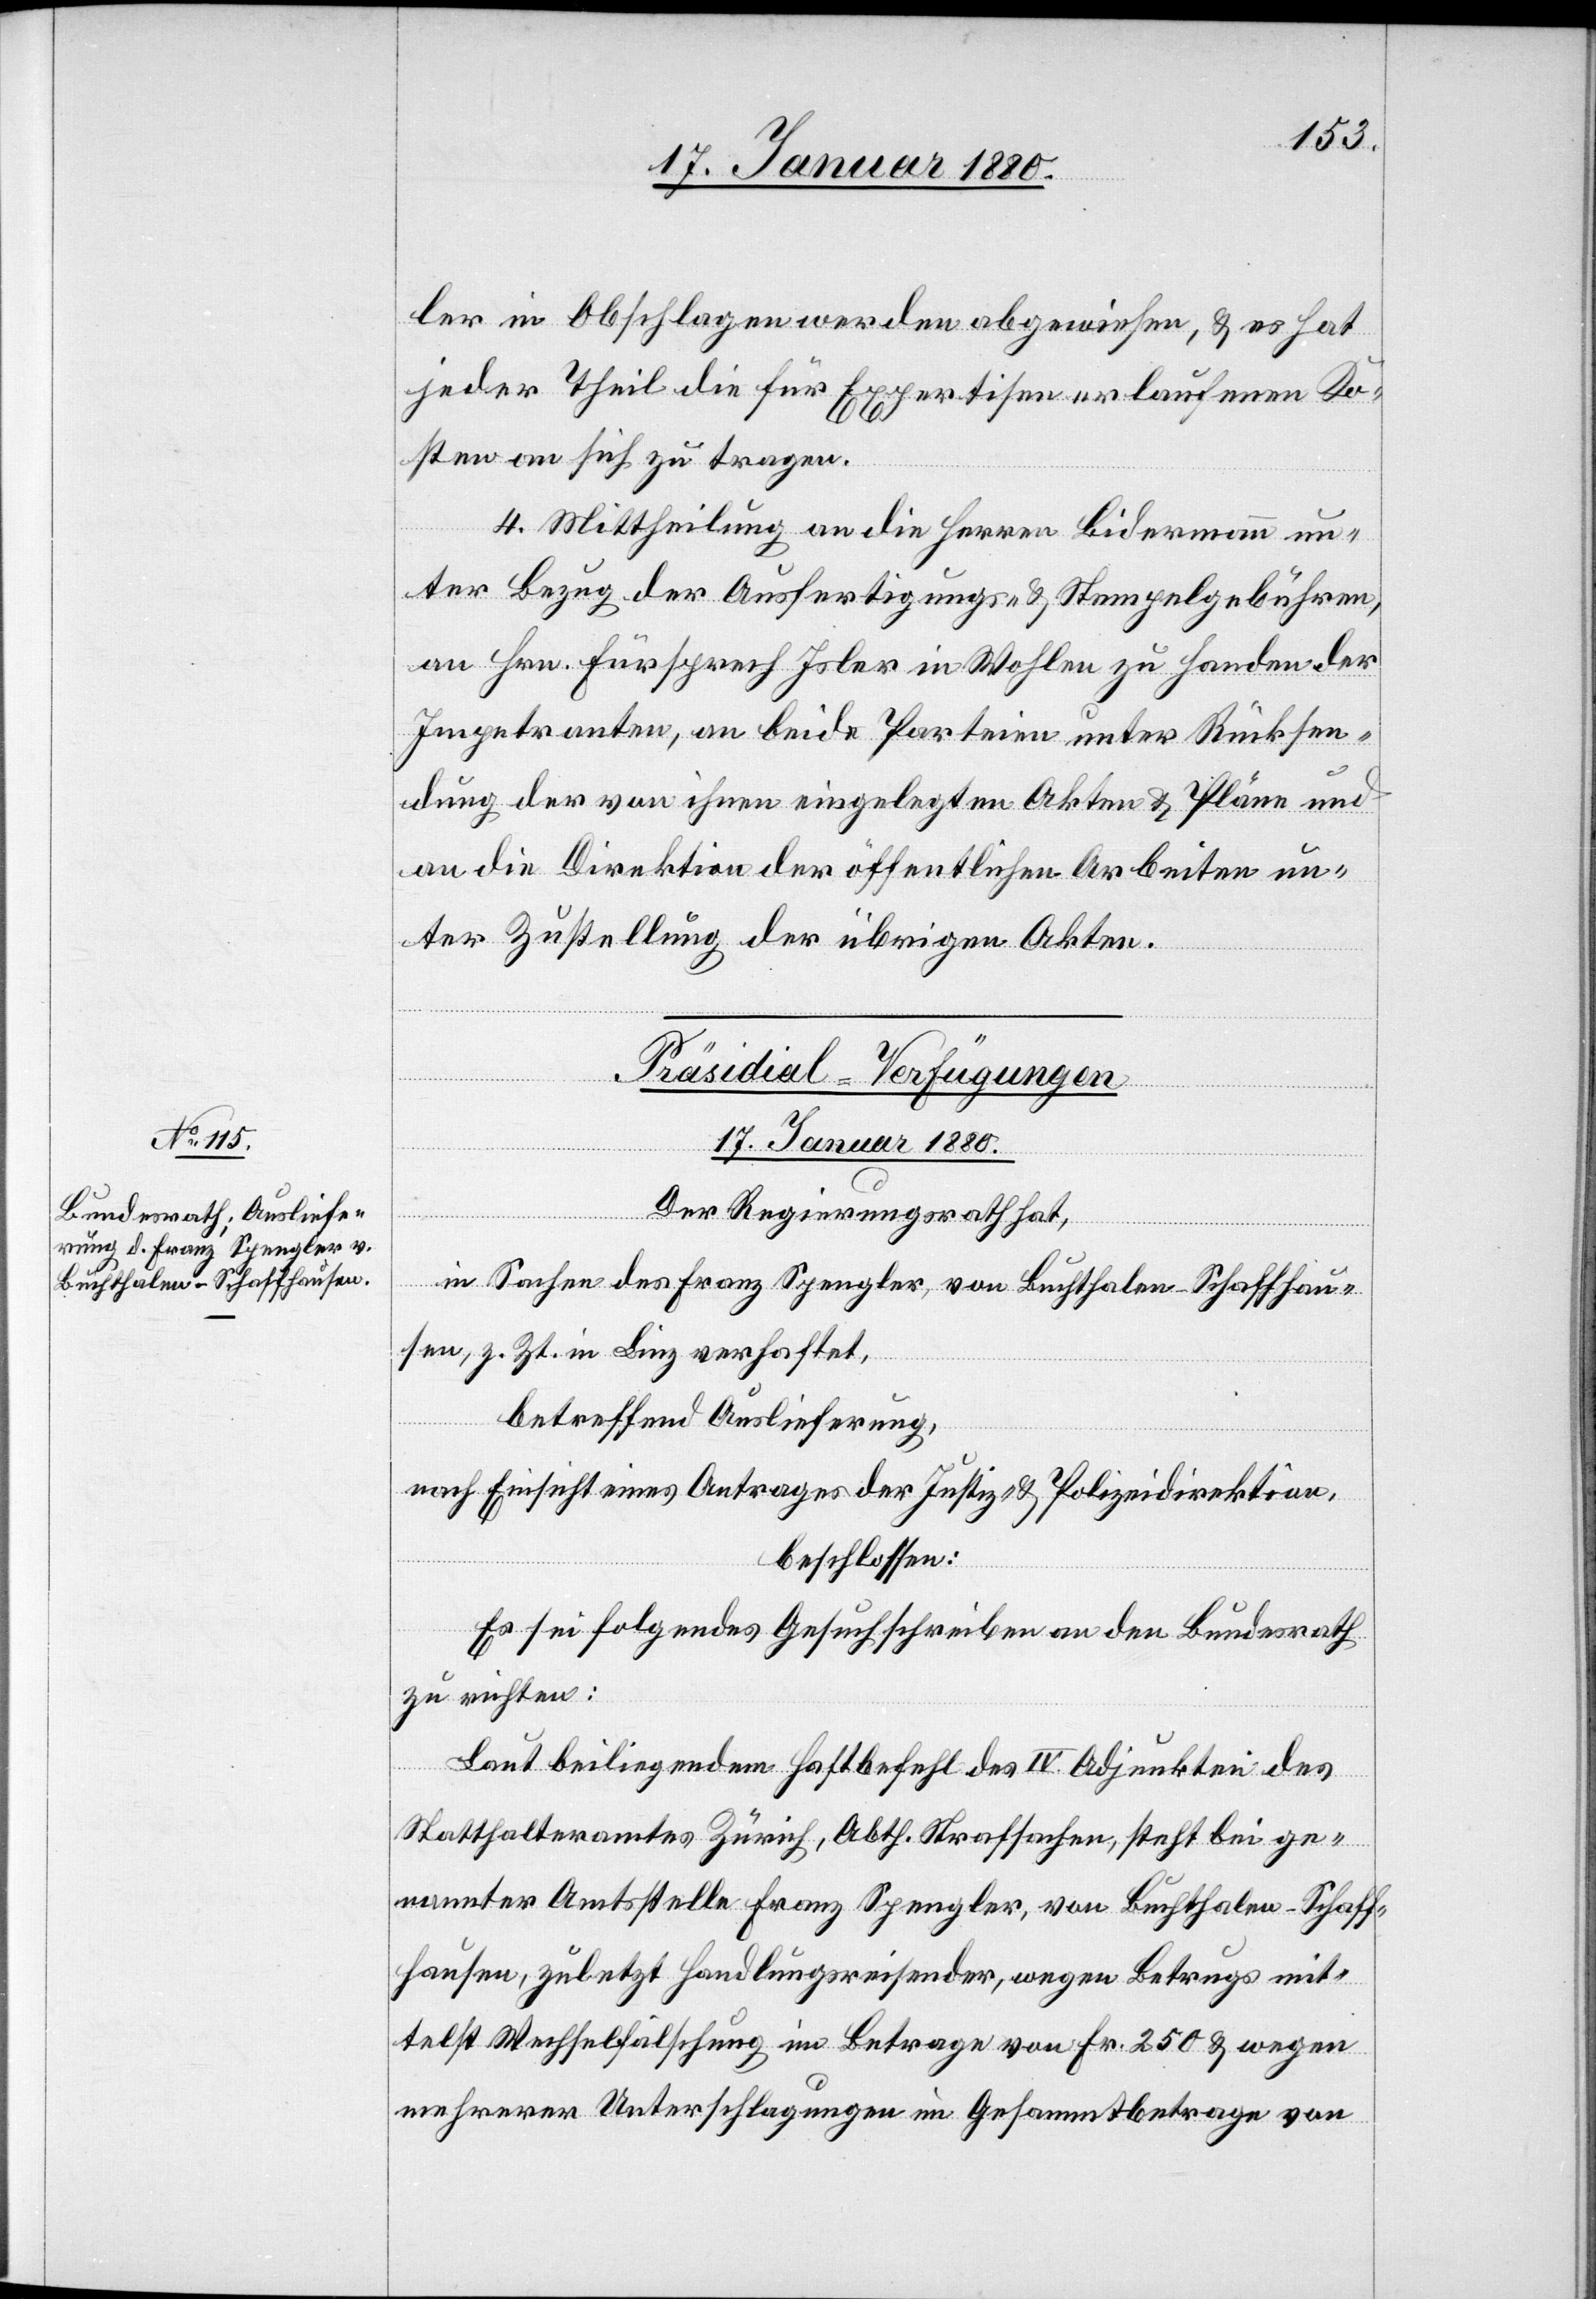
ler in Obschlagen werden abgewiesen, & es hat
jeder Theil die für Expertisen erlaufenen Ko¬
sten an sich zu tragen.
4. Mittheilung an die Herren Bidermann un¬
ter Bezug der Ausfertigungs- & Stempelgebühren,
an Hrn. Fürsprech Isler in Wohlen zu Handen der
Impetranten, an beide Parteien unter Rücksen¬
dung der von ihnen eingelegten Akten & Pläne und
an die Direktion der öffentlichen Arbeiten un¬
ter Zustellung der übrigen Akten.
Präsidial-Verfügungen
17. Januar 1880.
Der Regierungsrath hat,
in Sachen des Franz Spengler, von Buchthalen - Schaffhau¬
sen, z. Zt. in Linz verhaftet,
betreffend Auslieferung,
nach Einsicht eines Antrages der Justiz- & Polizeidirektion,
beschlossen:
Es sei folgendes Gesuchschreiben an den Bundesrath
zu richten:
Laut beiliegendem Haftbefehl des IV. Adjunkten des
Statthalteramtes Zürich, Abth. Strafsachen, steht bei ge¬
nannter Amtsstelle Franz Spengler, von Buchthalen - Schaff¬
hausen, zuletzt Handlungsreisender, wegen Betrugs mit¬
telst Wechselfälschung im Betrage von Fr. 250 & wegen
mehreren Unterschlagungen im Gesammtbetrage von